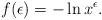
LaTeX: \begin{align*}f(\epsilon)=-\ln x^{\epsilon}.\end{align*}